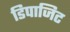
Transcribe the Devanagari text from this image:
डिपाजिट